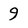
Character: 9